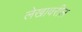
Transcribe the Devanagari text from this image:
लेखावरील